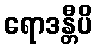
ရောဒန္တီပိ